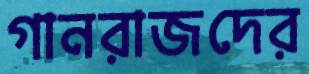
গানরাজদের